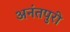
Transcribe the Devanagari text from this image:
अनंतपुरी